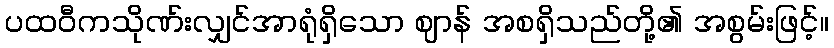
ပထဝီကသိုဏ်းလျှင်အာရုံရှိသော ဈာန် အစရှိသည်တို့၏ အစွမ်းဖြင့်။